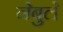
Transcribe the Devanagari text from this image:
नेबुले